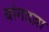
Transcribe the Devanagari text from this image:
बांगडय़ा